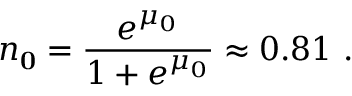
n _ { \mathbf { 0 } } = \frac { e ^ { \mu _ { 0 } } } { 1 + e ^ { \mu _ { 0 } } } \approx 0 . 8 1 ~ .